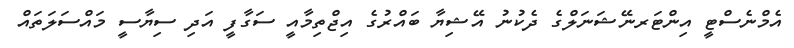
އެމްނެސްޓީ އިންޓަރނޭޝަނަލްގެ ދެކުނު އޭޝިޔާ ބައްރުގެ އިޖްތިމާއީ ސަގާފީ އަދި ސިޔާސީ މައްސަލަތައް